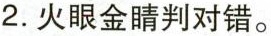
2.火眼金睛判对错。